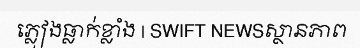
ភ្លៀងធ្លាក់ខ្លាំង | SWIFT NEWSស្ថានភាព